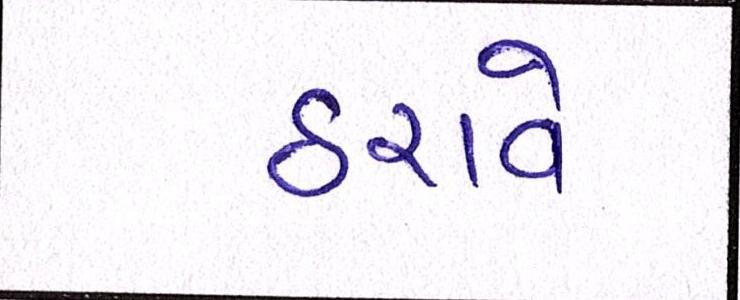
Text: ઠરાવે